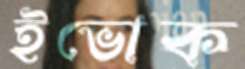
ইভোক